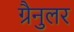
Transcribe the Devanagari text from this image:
ग्रैनुलर